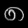
Digit: ၈